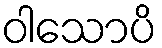
ဝါသောပိ